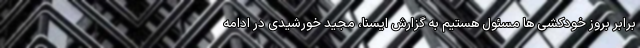
برابر بروز خودکشی ها مسئول هستیم به گزارش ایسنا، مجید خورشیدی در ادامه